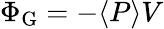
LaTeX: \Phi_{\mathrm{{G}}}=-\langle P\rangle V